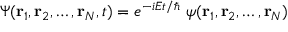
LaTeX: \Psi ( \mathbf { r } _ { 1 } , \mathbf { r } _ { 2 } , \ldots , \mathbf { r } _ { N } , t ) = e ^ { - i E t / \hbar } \ \psi ( \mathbf { r } _ { 1 } , \mathbf { r } _ { 2 } , \ldots , \mathbf { r } _ { N } )